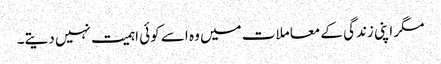
مگر اپنی زندگی کے معاملات میں وہ اسے کوئی اہمیت نہیں دیتے۔